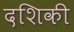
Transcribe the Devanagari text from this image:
दशिकी